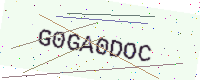
Text: G0GA0DOC